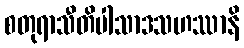
စတုရာသီတိပါသာဒသဟဿာနိ